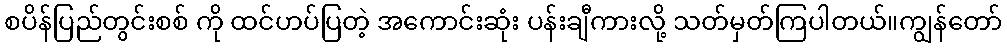
စပိန်ပြည်တွင်းစစ် ကို ထင်ဟပ်ပြတဲ့ အကောင်းဆုံး ပန်းချီကားလို့ သတ်မှတ်ကြပါတယ်။ကျွန်တော်